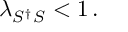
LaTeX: \lambda _ { S ^ { \dagger } S } < 1 \, .